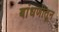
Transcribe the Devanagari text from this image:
बांधणीतून